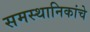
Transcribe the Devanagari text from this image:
समस्थानिकांचे